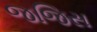
જજિસ